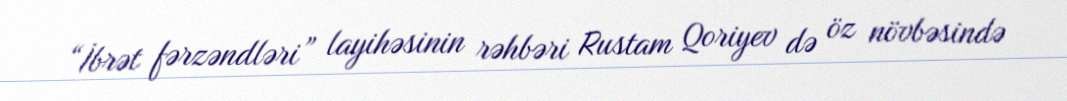
“İbrət fərzəndləri” layihəsinin rəhbəri Rustam Qoriyev də öz növbəsində